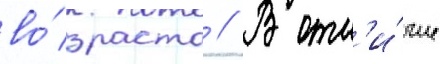
во́зраста // В отл'и́чие